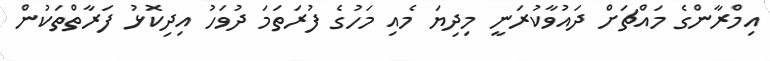
އިމްރާންގެ މައްޗަށް ދައުވާކުރަނީ މިދިޔަ މެއި މަހުގެ ފުރަތަމަ ދުވަހު އިދިކޮޅު ފަރާތްތަކުން